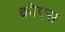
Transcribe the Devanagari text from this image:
क्रोएस